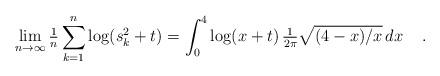
LaTeX: \begin{align*} \lim_{n \to \infty} \tfrac1n \sum_{k=1}^{n} \log(s_k^2 + t) = \int_0^4 \log(x + t) \, \tfrac{1}{2\pi} \sqrt{(4-x)/x} \, dx \quad \,.\end{align*}